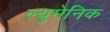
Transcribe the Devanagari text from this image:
ल्युमेनिक